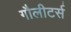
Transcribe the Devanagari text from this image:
गौलीटर्स